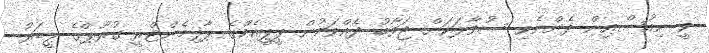
ވީ ނިއުސްއިން ދެންނެވި ސުވާލަކަށް ޖަވާބު ދެއްވަމުން ޕީޕީއެމްގެ ޕާލިމެންޓްރީ ގުރޫޕްގެ ލީޑަރު